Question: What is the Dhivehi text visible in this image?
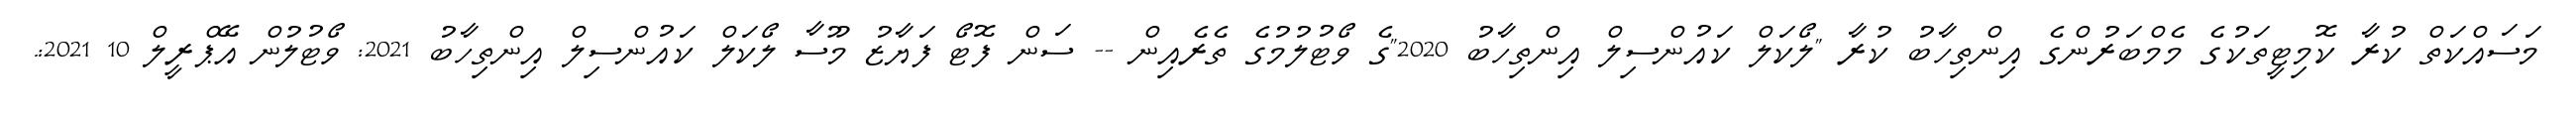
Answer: މަސައްކަތް ކުރާ ކޮމިޓީތަކުގެ މެމްބަރުންގެ އިންތިހާބު ކުރާ "ލޯކަލް ކައުންސިލް އިންތިހާބު 2020"ގެ ވޯޓުލުމުގެ ތެރެއިން -- ސަން ފޮޓޯ ފަޔާޒު މޫސާ ލޯކަލް ކައުންސިލް އިންތިހާބު 2021: ވޯޓުލުން އޭޕްރީލް 10 2021:.